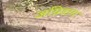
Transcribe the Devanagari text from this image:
अग्निडाग